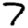
Digit: 7